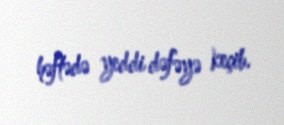
həftədə yeddi dəfəyə keçib.